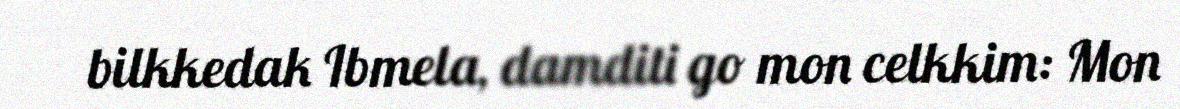
bilkkedak Ibmela, damditi go mon celkkim: Mon